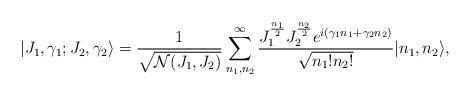
LaTeX: \begin{align*} \vert J_1,\gamma_1; J_2,\gamma_2\rangle = \frac{1}{\sqrt{\mathcal{N}(J_1,J_2)}} \sum_{n_1,n_2}^{\infty}\frac{J_1^{\frac{n_1}{2}} J_2^{\frac{n_2}{2}} e^{i(\gamma_1n_1 +\gamma_2 n_2)}}{\sqrt{n_1 ! n_2 !}}\vert n_1,n_2\rangle,\end{align*}